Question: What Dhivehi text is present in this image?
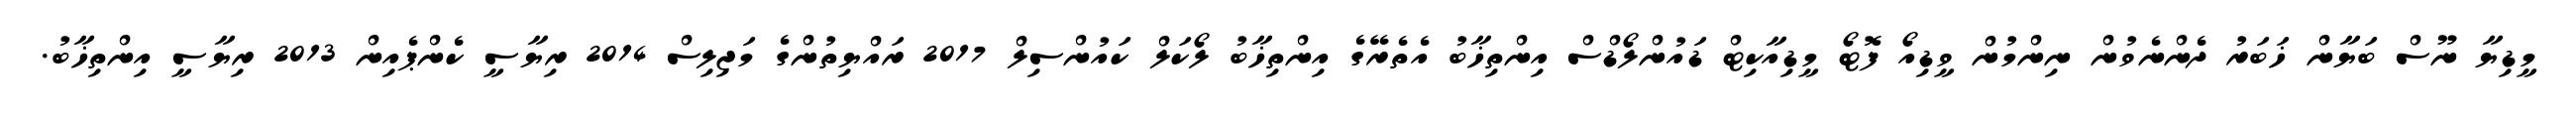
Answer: މީޑިޔާ ނޫސް ބަޔާން ޚަބަރު ދެންނެވުން ނިންމުން ވީޑިއޯ ފޮޓޯ މީޑިއާކިޓް ޑައުންލޯޑްސް އިންތިޚާބު އެތެރޭގެ އިންތިޚާބު ލޯކަލް ކައުންސިލް 2017 ރައްޔިތުންގެ މަޖިލިސް 2014 ރިޔާސީ ކެންޕެއިން 2013 ރިޔާސީ އިންތިޚާބު.